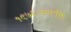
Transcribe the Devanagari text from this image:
१९७६जनशक्ति